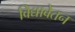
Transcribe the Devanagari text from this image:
विद्यावेतन